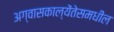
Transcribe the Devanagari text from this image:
अग्वासकाल्येंतेसमधील